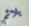
يلائم